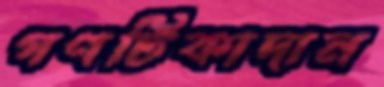
গণটিকাদান